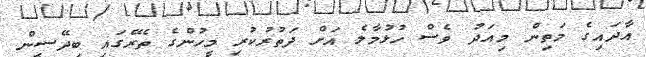
އާދައިގެ މަތިން މިއަދު ވެސް ހުޅުމާލެ އަށް ދަތުރުކުރި މީހުންގެ ތެރޭގައި ބިދޭސީން